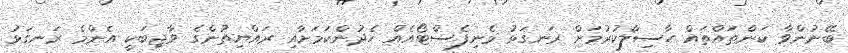
ބޭނުންވާ ކަންތައްތައް ހާސިލްކުުރުމަށް ރަނގަޅު މެނިފެސްޓޯއެއް ހެދުންކަމަށާއި ރައްޔިތުންގެ ވާޖިބަކީ އެންމެ ރަނގަޅު